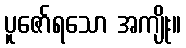
ပူဇော်ရသော အကျိုး။